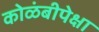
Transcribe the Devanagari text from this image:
कोळंबीपेक्षा